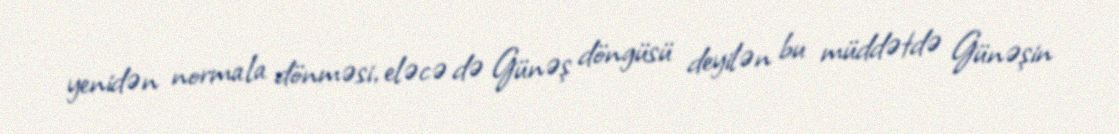
yenidən normala dönməsi, eləcə də Günəş döngüsü deyilən bu müddətdə Günəşin